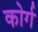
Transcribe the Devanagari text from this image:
कोर्ग